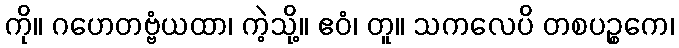
ကို။ ဂဟေတဗ္ဗံယထာ၊ ကဲ့သို့။ ဧဝံ၊ တူ။ သကလေပိ တစပဉ္စကေ၊